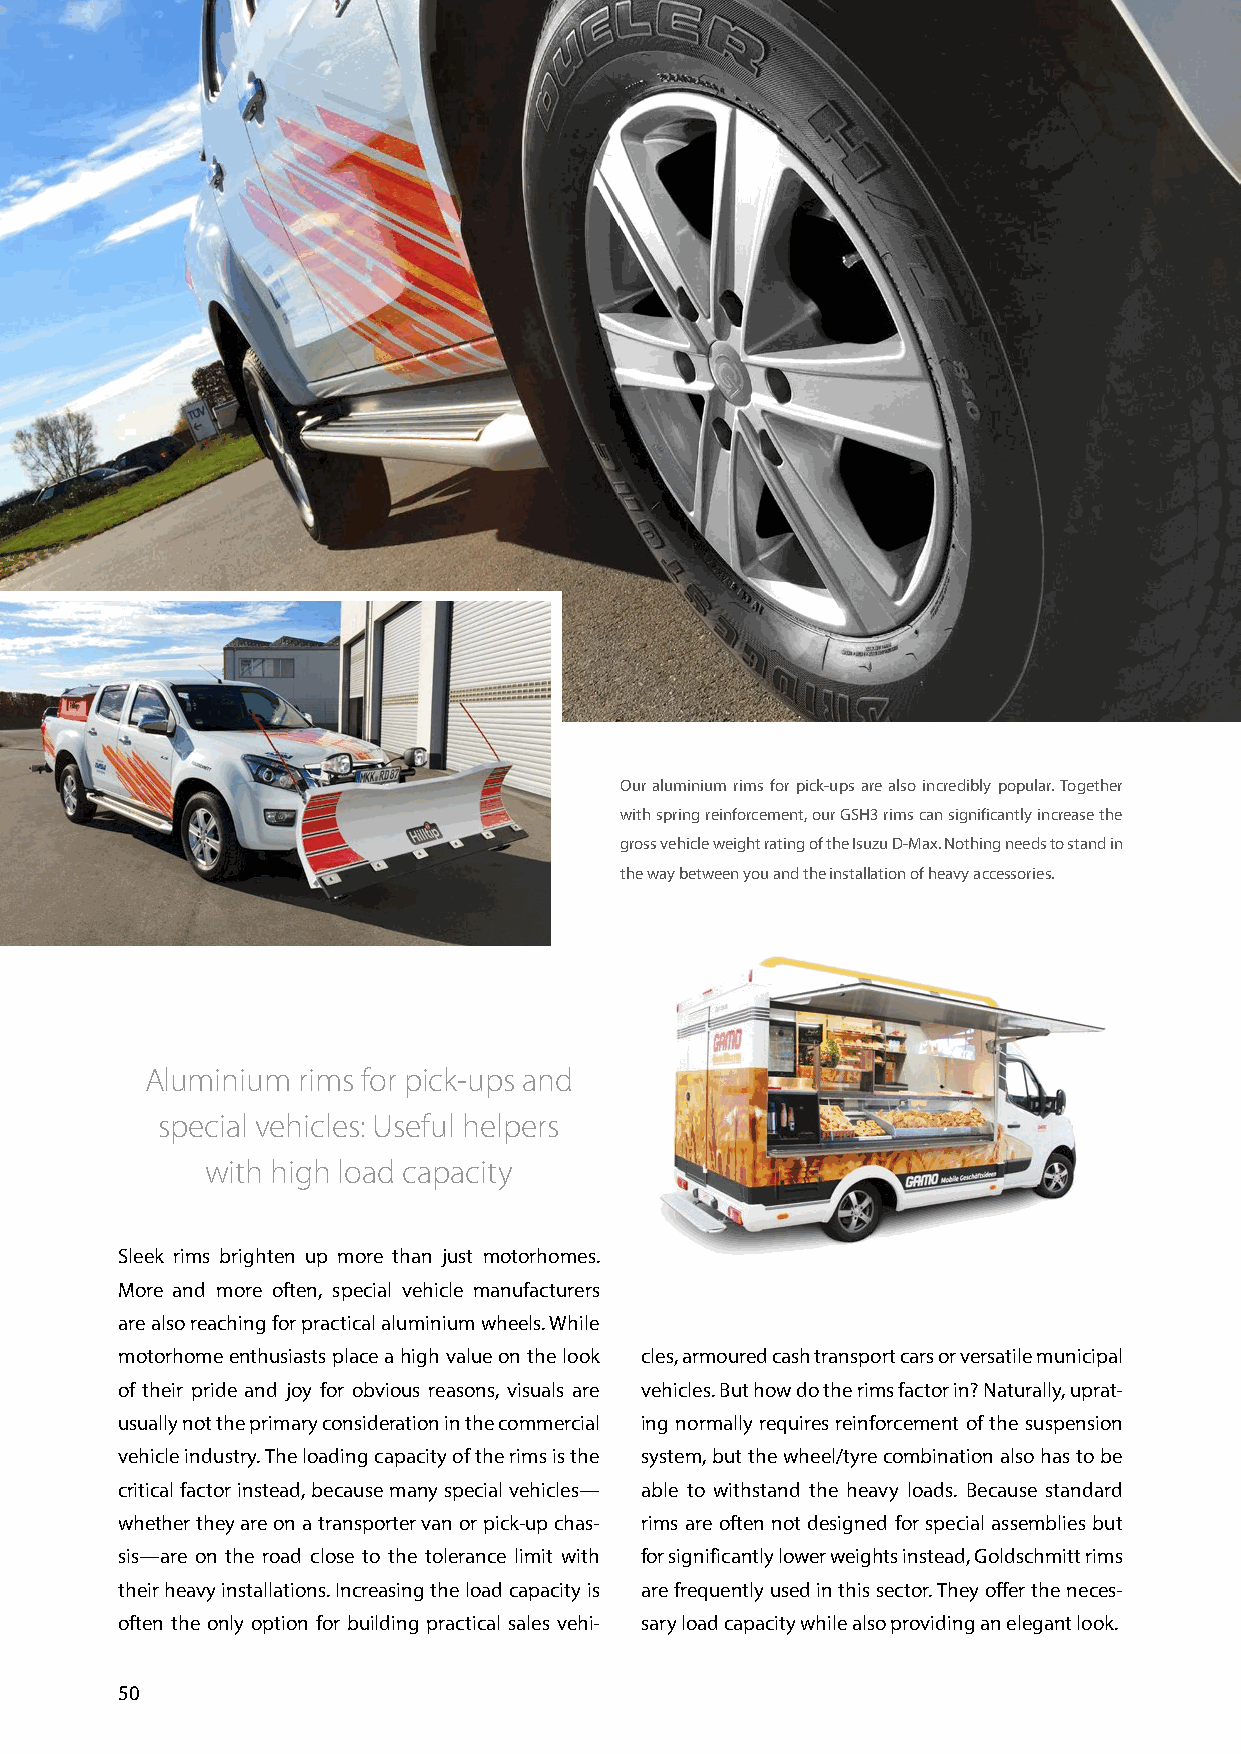
Our aluminium rims for pick-ups are also incredibly popular. Together
 with spring reinforcement, our GSH3 rims can significantly increase the
 gross vehicle weight rating of the Isuzu D-Max. Nothing needs to stand in
 the way between you and the installation of heavy accessories.
 Aluminium rims for pick-ups and
 special vehicles: Useful helpers
 with high load capacity
 Sleek rims brighten up more than just motorhomes.
 More and more often, special vehicle manufacturers
 are also reaching for practical aluminium wheels. While
 motorhome enthusiasts place a high value on the look cles, armoured cash transport cars or versatile municipal
 of their pride and joy for obvious reasons, visuals are vehicles. But how do the rims factor in? Naturally, uprat-
 usually not the primary consideration in the commercial ing normally requires reinforcement of the suspension
 vehicle industry. The loading capacity of the rims is the system, but the wheel/tyre combination also has to be
 critical factor instead, because many special vehicles— able to withstand the heavy loads. Because standard
 whether they are on a transporter van or pick-up chas- rims are often not designed for special assemblies but
 sis—are on the road close to the tolerance limit with for significantly lower weights instead, Goldschmitt rims
 their heavy installations. Increasing the load capacity is are frequently used in this sector. They offer the neces-
 often the only option for building practical sales vehi- sary load capacity while also providing an elegant look.
 50